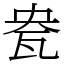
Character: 㼜